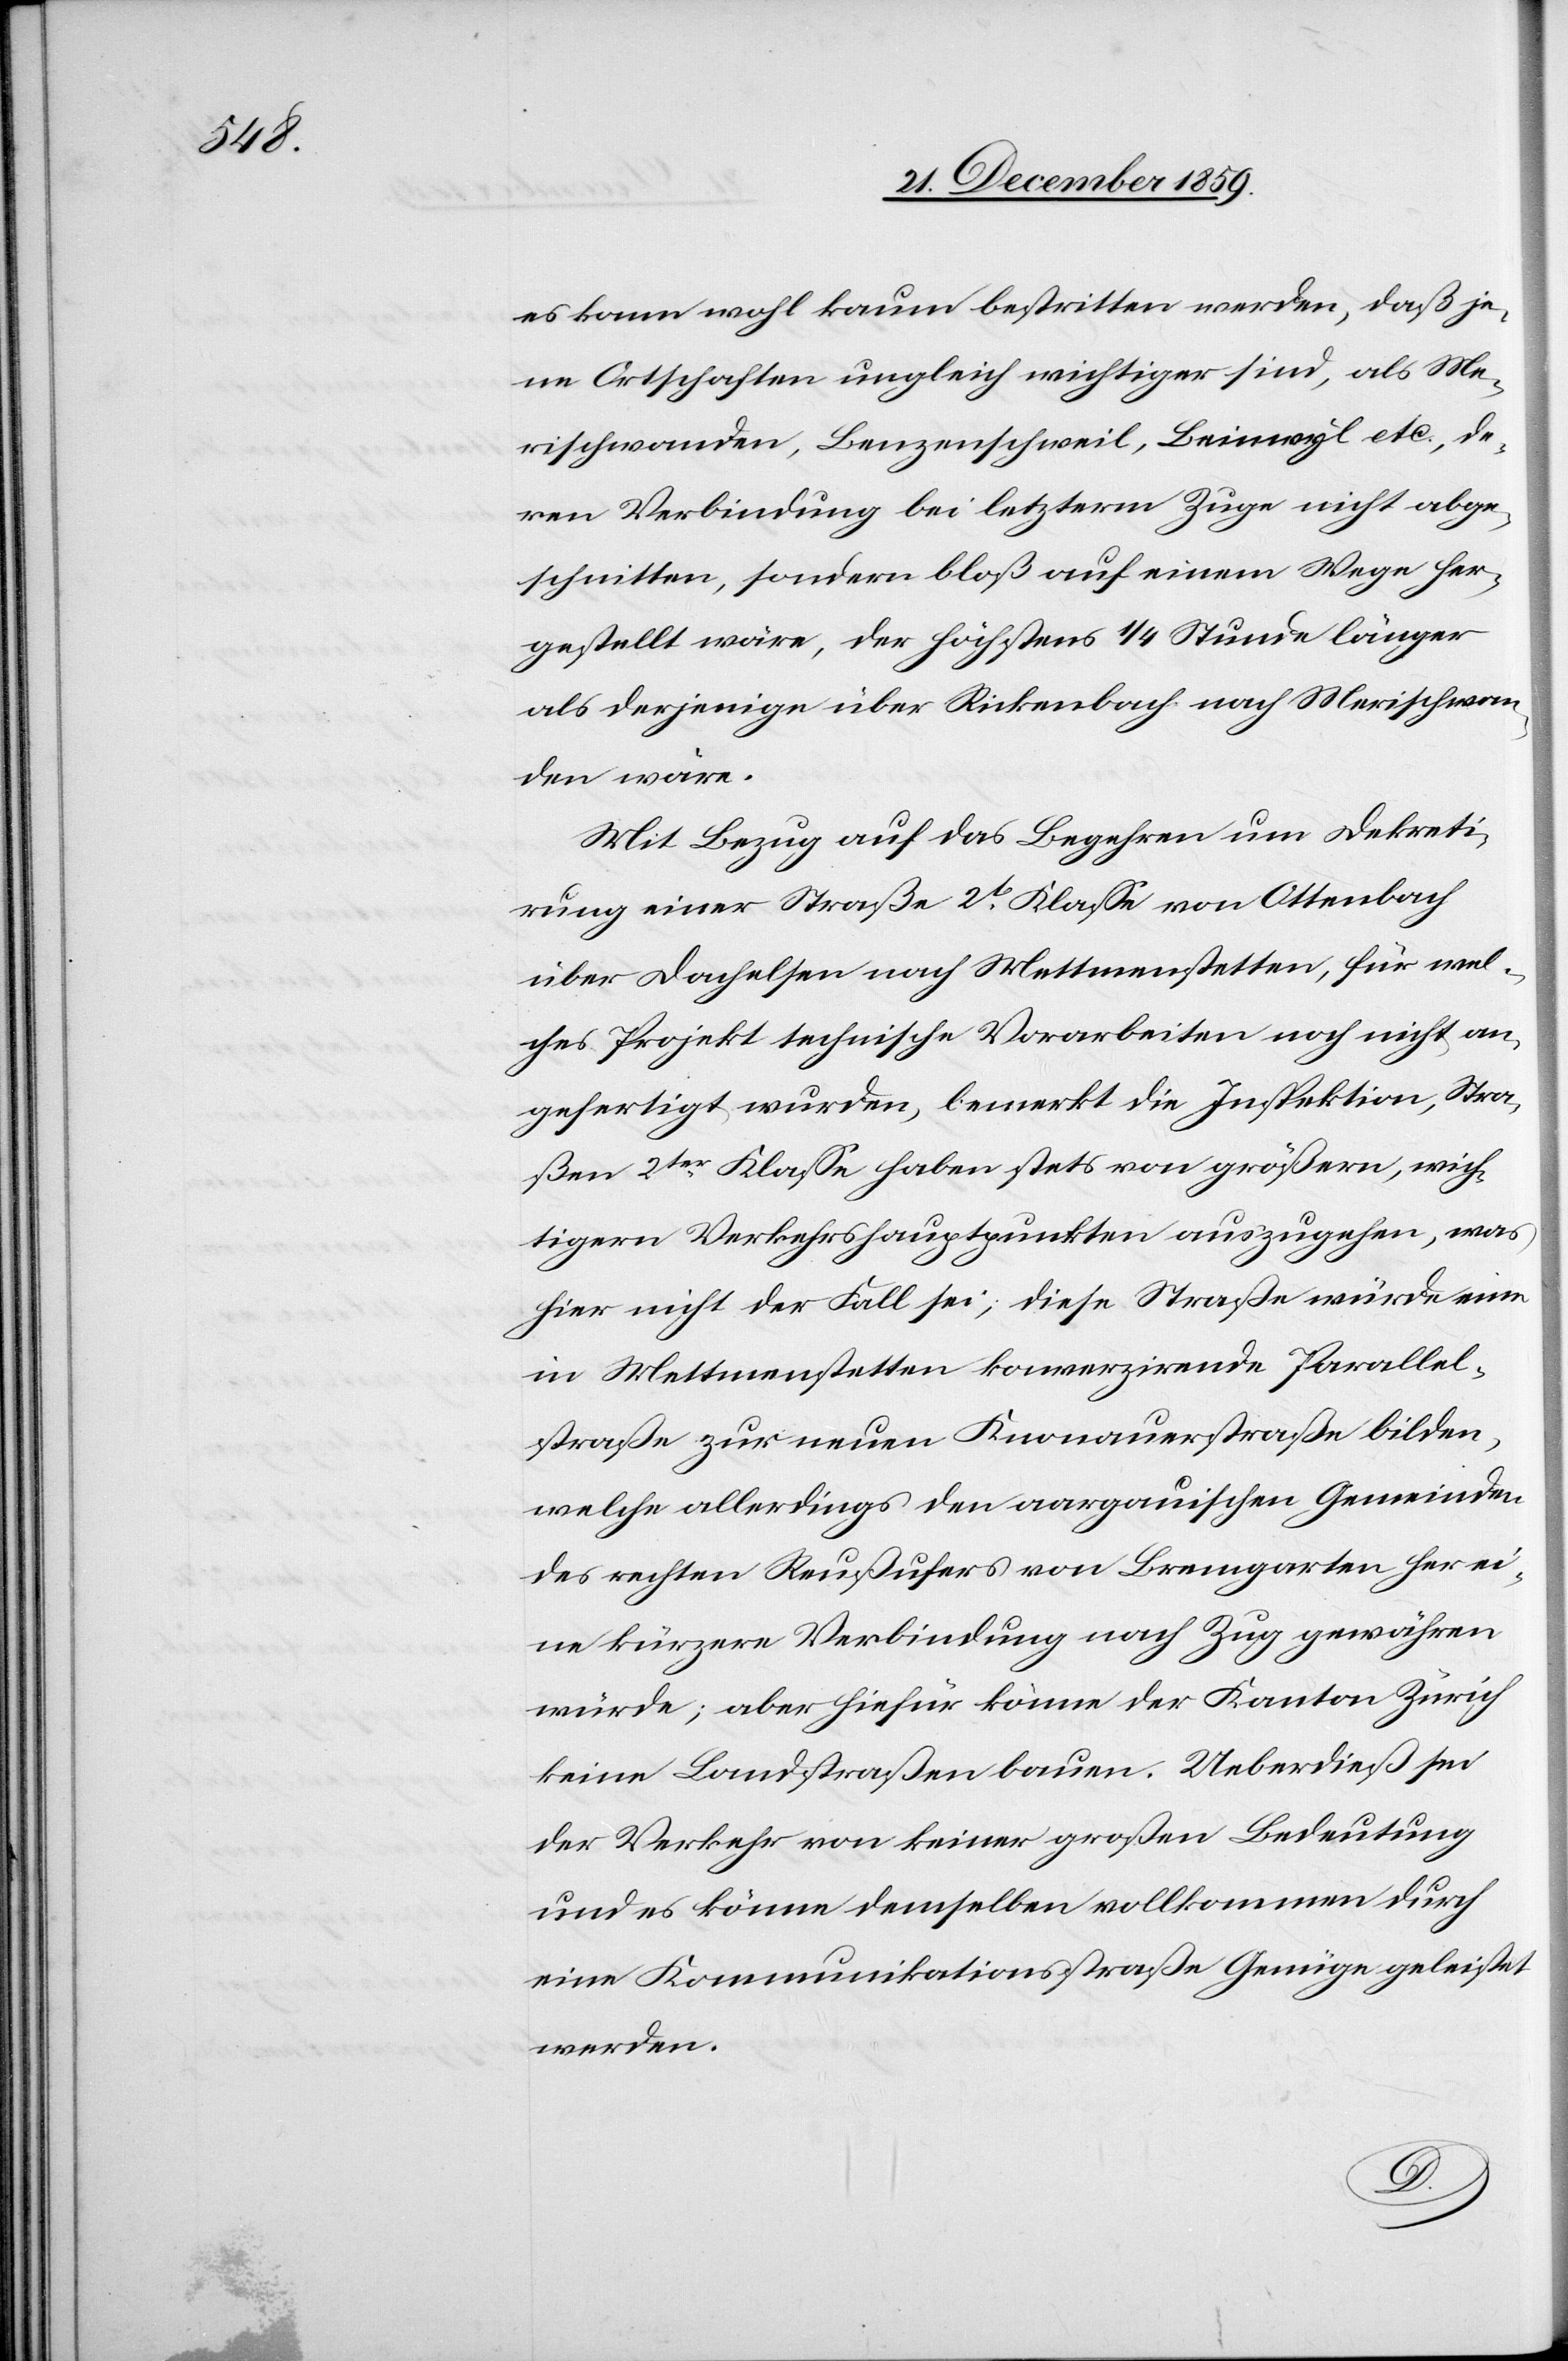
es kann wohl kaum bestritten werden, daß je¬
ne Ortschaften ungleich wichtiger sind, als Me¬
rischwanden, Benzenschweil, Beinwyl etc., de¬
ren Verbindung bei letzterm Zuge nicht abge¬
schnitten, sondern bloß auf einem Wege her¬
gestellt wäre, der höchstens 1/4 Stunde länger
als derjenige über Rickenbach nach Merischwan¬
den wäre.
Mit Bezug auf das Begehren um Dekreti¬
rung einer Straße 2te Klasse von Ottenbach
über Dachelsen nach Mettmenstetten, für wel¬
ches Projekt technische Vorarbeiten noch nicht an¬
gefertigt wurden, bemerkt die Inspektion, Stra¬
ßen 2ter Klasse haben stets von größern, wich¬
tigern Verkehrshauptpunkten auszugehen, was
hier nicht der Fall sei; diese Straße würde eine
in Mettmenstetten konverzirende Parallel¬
straße zur neuen Knonauerstraße bilden,
welche allerdings den aargauischen Gemeinden
des rechten Reußufers von Bremgarten her ei¬
ne kürzere Verbindung nach Zug gewähren
würde; aber hiefür könne der Kanton Zürich
keine Landstraße bauen. Ueberdieß sei
der Verkehr von keiner großen Bedeutung
und es könne demselben vollkommen durch
eine Kommunikationsstraße Genüge geleistet
werden.